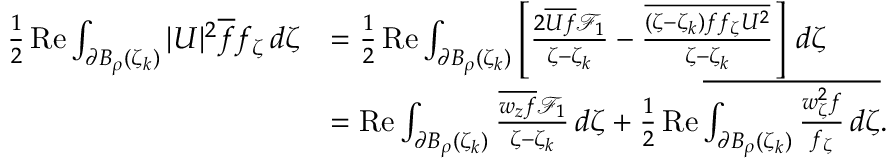
\begin{array} { r l } { \frac 1 2 \operatorname { R e } \int _ { \partial B _ { \rho } ( \zeta _ { k } ) } | U | ^ { 2 } \overline { f } f _ { \zeta } \, d \zeta } & { = \frac 1 2 \operatorname { R e } \int _ { \partial B _ { \rho } ( \zeta _ { k } ) } \left[ \frac { 2 \overline { { U f } } \mathcal { F } _ { 1 } } { \zeta - \zeta _ { k } } - \frac { \overline { { ( \zeta - \zeta _ { k } ) f f _ { \zeta } U ^ { 2 } } } } { \zeta - \zeta _ { k } } \right] \, d \zeta } \\ & { = \operatorname { R e } \int _ { \partial B _ { \rho } ( \zeta _ { k } ) } \frac { \overline { { w _ { z } f } } \mathcal { F } _ { 1 } } { \zeta - \zeta _ { k } } \, d \zeta + \frac 1 2 \operatorname { R e } \overline { { \int _ { \partial B _ { \rho } ( \zeta _ { k } ) } \frac { w _ { \zeta } ^ { 2 } f } { f _ { \zeta } } \, d \zeta } } . } \end{array}